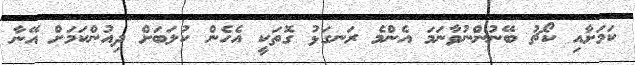
ކަމަށާއި ކޯޗު ބޭނުންނުވާނަމަ އެންމެ ރަނގަޅު ގޮތަކީ އެހެން ކުލަބަށް ދިއުންކަމަށް އޭނާ